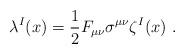
LaTeX: \begin{align*}\lambda^{I}(x) = \frac{1}{2} F_{\mu \nu} \sigma^{\mu \nu} \zeta^{I}(x)\ .\end{align*}